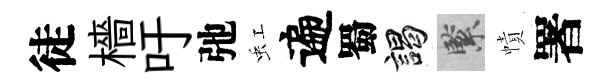
徒檣吁弛虹遍蜀謁緊幘署